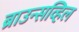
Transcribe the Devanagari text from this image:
ब्राउन्सव्हिल